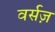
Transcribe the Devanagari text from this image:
वर्सज़